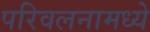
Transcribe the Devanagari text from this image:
परिवलनामध्ये